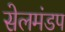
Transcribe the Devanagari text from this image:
सेलमंडप